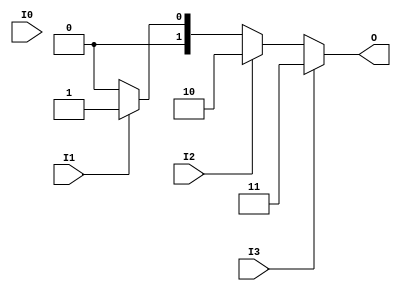
module relative_encoder (
    input wire I0,  // Input 0
    input wire I1,  // Input 1
    input wire I2,  // Input 2
    input wire I3,  // Input 3
    output reg [1:0] O  // 2-bit output
);

always @(*) begin
    // Default output for no active inputs
    O = 2'b00;  // Invalid state output

    // Priority encoding logic
    if (I3) begin
        O = 2'b11;  // I3 is active
    end else if (I2) begin
        O = 2'b10;  // I2 is active
    end else if (I1) begin
        O = 2'b01;  // I1 is active
    end else if (I0) begin
        O = 2'b00;  // I0 is active
    end
end

endmodule